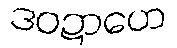
ဒဝဍာဟေ